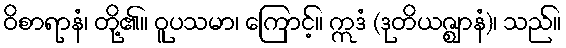
ဝိစာရာနံ၊ တို့၏။ ဝူပသမာ၊ ကြောင့်။ ဣဒံ (ဒုတိယဇ္ဈာနံ)၊ သည်။